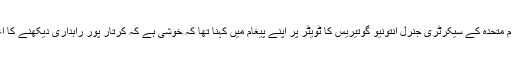
اس سے قبل اقوام متحدہ کے سیکرٹری جنرل انتونیو گوتیریس کا ٹویٹر پر اپنے پیغام میں کہنا تھا کہ خوشی ہے کہ کرتار پور راہداری دیکھنے کا اعزاز حاصل ہوا۔